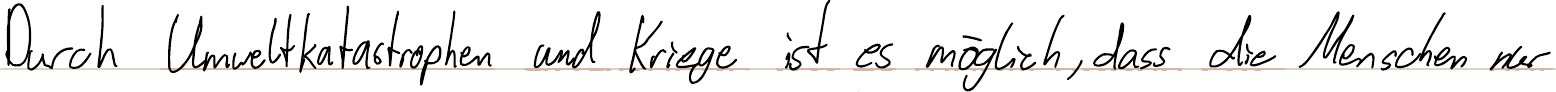
Durch Umweltkatastrophen und Kriege ist es möglich, dass die Menschen nur